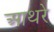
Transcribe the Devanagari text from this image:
आथरे